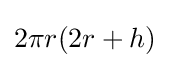
2\pi r(2r+h)